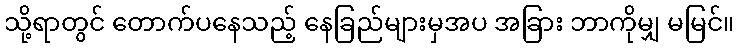
သို့ရာတွင် တောက်ပနေသည့် နေခြည်များမှအပ အခြား ဘာကိုမျှ မမြင်။